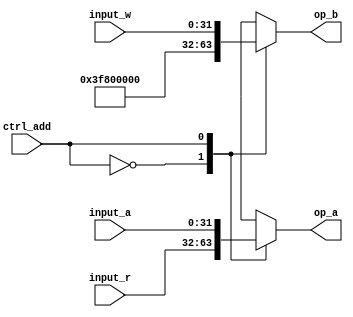
module MUX_ADD(
    input ctrl_add,
    input [31:0] input_a,
    input [31:0] input_r,
    input [31:0] input_w,
    output reg [31:0] op_a,
    output reg [31:0] op_b
  );

  always@(*)
  begin
    case (ctrl_add)
      1'b0:
      begin
        op_a=input_r;
        op_b=32'b00111111100000000000000000000000; // @dangwi: what is this? 32'd1016
      end
      1'b1:
      begin
        op_a=input_a;
        op_b=input_w;
      end
    endcase
  end

endmodule